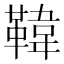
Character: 𩋾